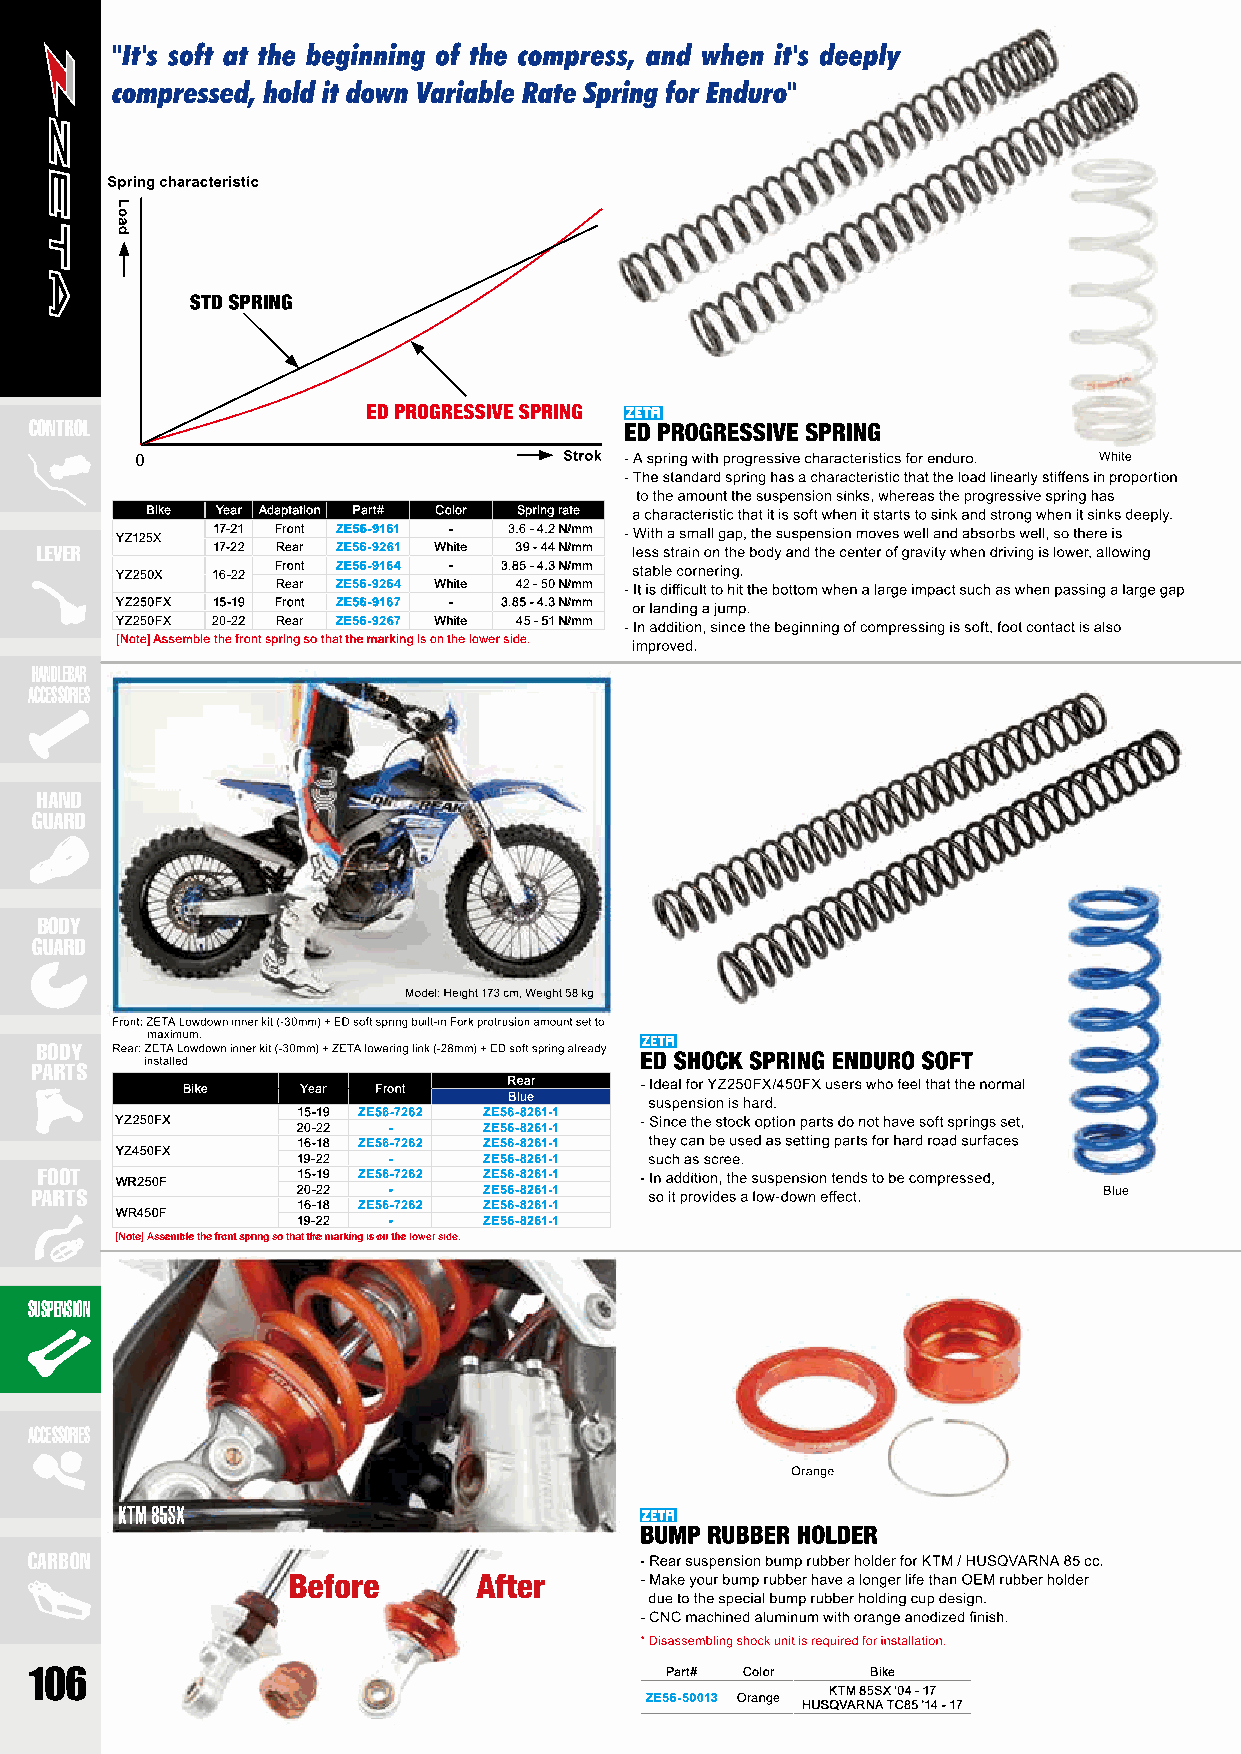
CONTROL
 Bike Year Adaptation Part# Color Spring rate
 17-21 Front ZE56-9161 - 3.6 - 4.2 N/mm
 YZ125X
 LEVER       17-22 Rear ZE56-9261 White 39 - 44 N/mm
 Front ZE56-9164 - 3.85 - 4.3 N/mm
 YZ250X 16-22
 Rear ZE56-9264 White 42 - 50 N/mm
 YZ250FX 15-19 Front ZE56-9167 - 3.85 - 4.3 N/mm
 YZ250FX 20-22 Rear ZE56-9267 White 45 - 51 N/mm
 [Note] Assemble the front spring so that the marking is on the lower side.
 HANDLEBAR
 ACCESSORIES
 HAND
 GUARD
 BODY
 GUARD
 BODY
 PARTS
 Rear
 Bike    Year Front
 Blue
 15-19 ZE56-7262 ZE56-8261-1
 YZ250FX
 20-22 -     ZE56-8261-1
 16-18 ZE56-7262 ZE56-8261-1
 YZ450FX
 19-22 -     ZE56-8261-1
 FOOT              15-19 ZE56-7262 ZE56-8261-1
 WR250F
 PARTS             20-22 -     ZE56-8261-1
 16-18 ZE56-7262 ZE56-8261-1
 WR450F
 19-22 -     ZE56-8261-1
 [Note] Assemble the front spring so that the marking is on the lower side.
 SUSPENSION
 ACCESSORIES
 CARBON
 106                                       Part# Color   Bike
 KTM 85SX '04 - 17
 ZE56-50013 Orange
 HUSQVARNA TC85 '14 - 17